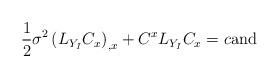
LaTeX: \begin{align*}\frac{1}{2}\sigma ^{2}\left( L_{Y_{I}}C_{x}\right)_{,x}+C^{x}L_{Y_{I}}C_{x}=c \mbox{\rm and} \end{align*}